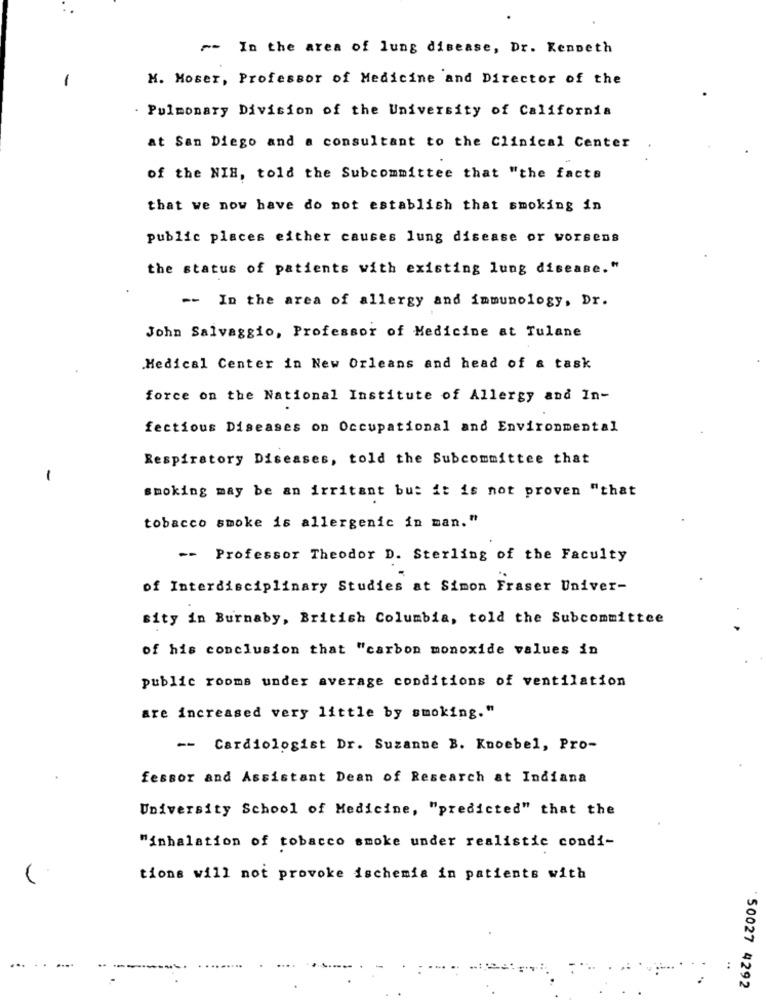
~- In the area of lung disease, Dr. Kenneth
1
M. Moser, Professor of Medicine and Director of the
. Pulmonary Division of the University of California
at San Diego and a consultant to the Clinical Center
of the NIH, told the Subcommittee that "the facts
that we now have do not establish that smoking in
public places either causes lung disease or worsens
the status of patients with existing lung disease."
-- In the area of allergy and immunology, Dr.
John Salvaggio, Professor of Medicine at Tulane
Medical Center in New Orleans and head of a task
force on the National Institute of Allergy and In-
fectious Diseases on Occupational and Environmental
Respiratory Diseases, told the Subcommittee that
-
smoking may be an irritant but it is not proven "that
tobacco smoke is allergenic in man."
-> Professor Theodor D. Sterling of the Faculty
of Interdisciplinary Studies at Simon Fraser Univer-
sity in Burnaby, British Columbia, told the Subcommittee
of his conclusion that "carbon monoxide values in
public rooms under average conditions of ventilation
are increased very little by smoking."
-- Cardiologist Dr. Suzanne B. Knoebel, Pro-
fessor and Assistant Dean of Research at Indiana
University School of Medicine, "predicted" that the
"inhalation of tobacco smoke under realistic condi-
tions will not provoke ischemia in patients with
...
50027 4292